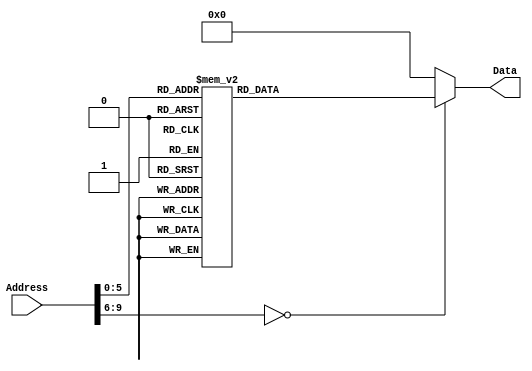
/******************************************************************************
 ** Logisim goes FPGA automatic generated Verilog code                       **
 **                                                                          **
 ** Component : ROM_IR_ROM                                                   **
 **                                                                          **
 ******************************************************************************/

`timescale 1ns/1ps
module ROM_IR_ROM( Address,
                   Data);

   /***************************************************************************
    ** Here the inputs are defined                                           **
    ***************************************************************************/
   input[9:0]  Address;

   /***************************************************************************
    ** Here the outputs are defined                                          **
    ***************************************************************************/
   output[31:0] Data;
   reg[31:0] Data;

   always @ (Address)
   begin
      case(Address)
         0 : Data = 125831059;
         1 : Data = 41945107;
         2 : Data = 4251763;
         3 : Data = 1043;
         4 : Data = 2323;
         5 : Data = 41946643;
         6 : Data = 1644170899;
         7 : Data = 1645121171;
         8 : Data = 1171;
         9 : Data = 9729363;
         10 : Data = 10028467;
         11 : Data = 1887798675;
         12 : Data = 1887806855;
         13 : Data = 126133767;
         14 : Data = 281409491;
         15 : Data = 16086355;
         16 : Data = 4490387;
         17 : Data = -2833693;
         18 : Data = 32'h00042707;
         19 : Data = 15037779;
         20 : Data = 32'h02a42427;
         21 : Data = 4457491;
         22 : Data = 1644759315;
         23 : Data = 1644759315;
         24 : Data = -37469981;
         25 : Data = 1555;
         26 : Data = 4195347;
         27 : Data = 42214791;
         28 : Data = 42345991;
         29 : Data = -1598679597;
         30 : Data = 361571;
         31 : Data = 263699;
         32 : Data = 4457491;
         33 : Data = -3914525;
         34 : Data = 12584243;
         35 : Data = 35653779;
         36 : Data = 115;
         37 : Data = 4255859;
         38 : Data = -157290385;
         default : Data = 0;
      endcase
   end

endmodule